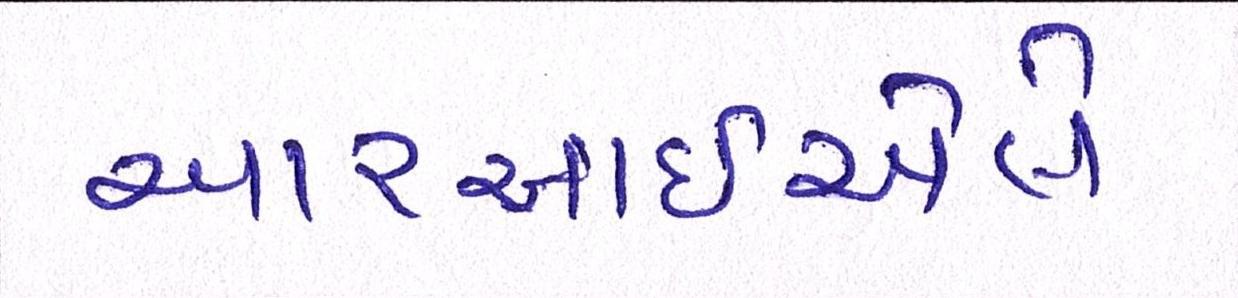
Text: આરઆઇએલે